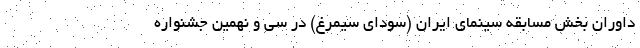
داوران بخش مسابقه سینمای ایران (سودای سیمرغ) در سی و نهمین جشنواره